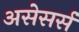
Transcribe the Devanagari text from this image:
असेसर्स